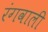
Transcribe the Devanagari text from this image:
रंगवाली